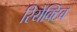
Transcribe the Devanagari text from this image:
रियेक्टिव